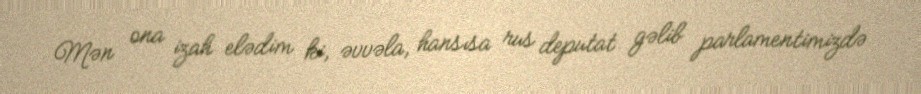
Mən ona izah elədim ki, əvvəla, hansısa rus deputat gəlib parlamentimizdə